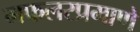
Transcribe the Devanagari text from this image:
मफलरप्रमाणे